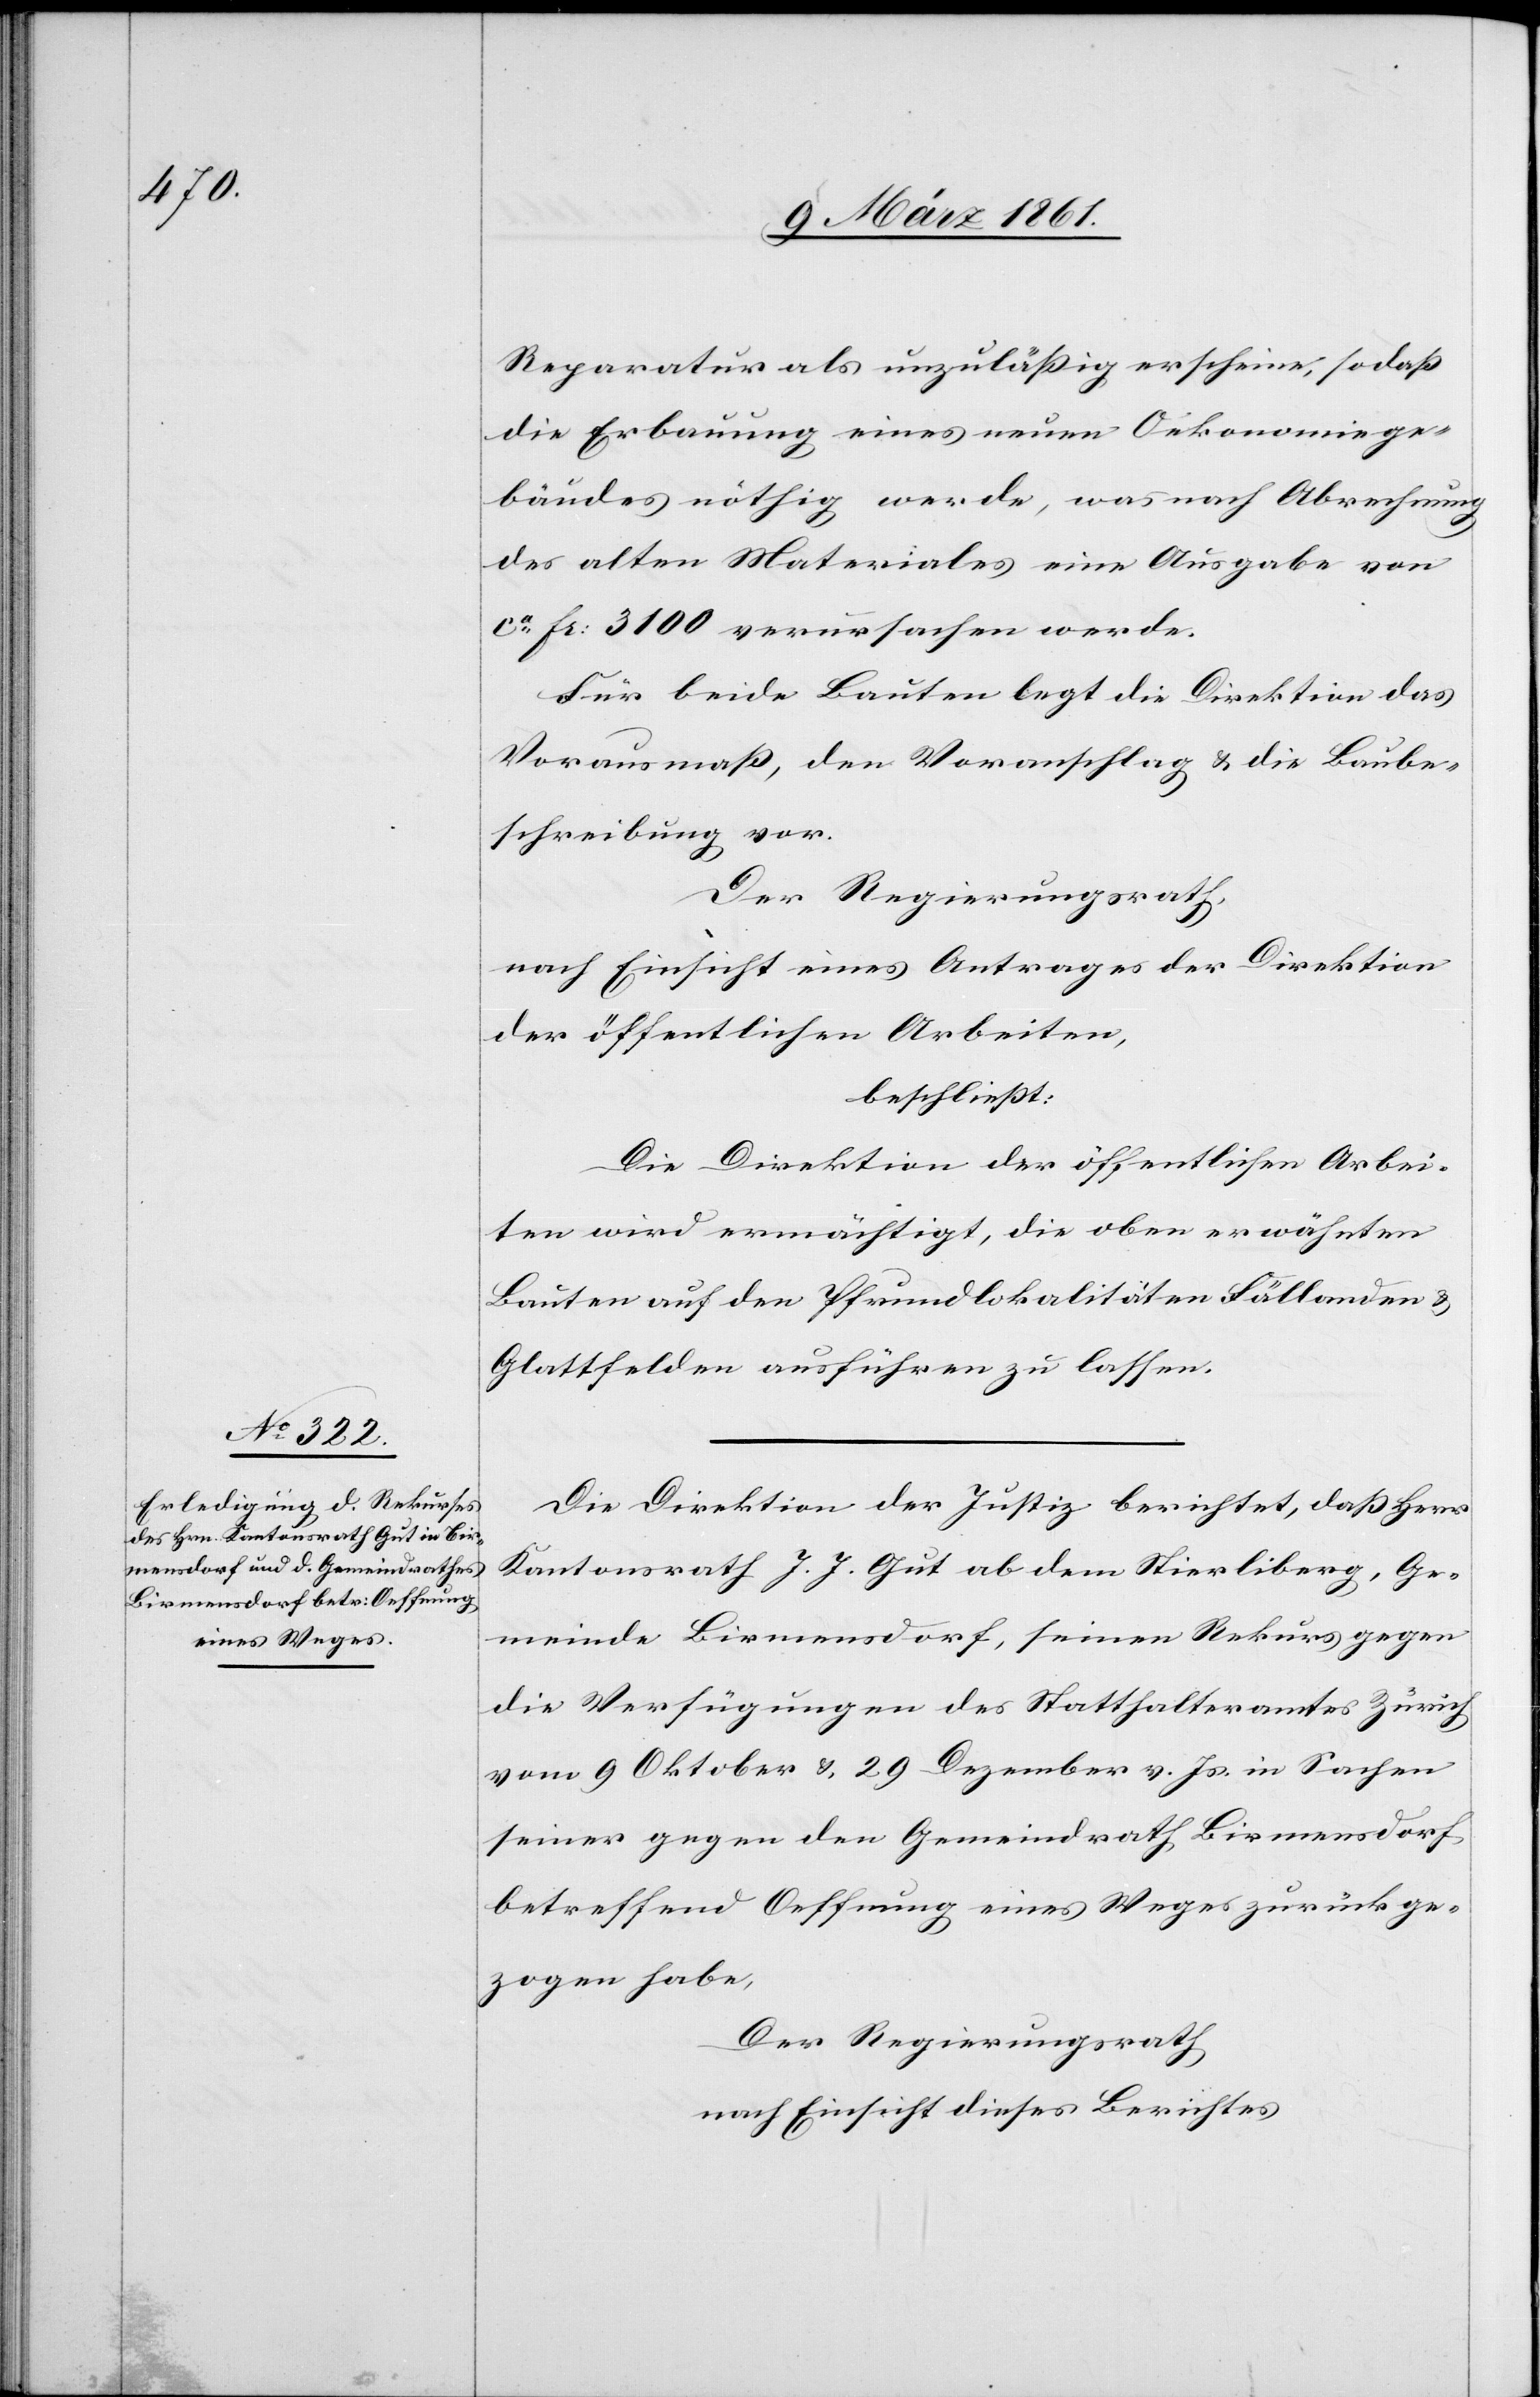
Reparatur als unzulässig erscheine, so dass
die Erbauung eines neuen Oekonomiege¬
bäudes nöthig werde, was nach Abrechnung
des alten Materiales eine Ausgabe von
ca fr: 3100 verursachen werde.
Für beide Bauten legt die Direktion das
Vorausmass, den Voranschlag u. die Baube¬
schreibung vor.
Der Regierungsrath,
nach Einsicht eines Antrages der Direktion
der öffentlichen Arbeiten,
beschliesst:
Die Direktion der öffentlichen Arbei¬
ten wird ermächtigt, die oben erwähnten
Bauten auf den Pfrundlokalitäten Fällanden u.
Glattfelden ausführen zu lassen.
Die Direktion der Justiz berichtet, dass Herr
Kantonsrath J. J. Gut ab dem Stierliberg, Ge¬
meinde Birmensdorf, seinen Rekurs gegen
die Verfügungen des Statthalteramtes Zürich
vom 9. Oktober u. 29. Dezember v. Js. in Sachen
seiner gegen den Gemeindrath Birmensdorf
betreffend Oeffnung eines Weges zurückge¬
zogen habe,
Der Regierungsrath
nach Einsicht dieses Berichtes